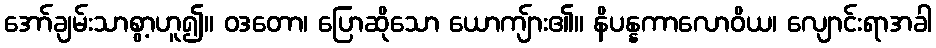
အော်ချမ်းသာစွာ့ဟူ၍။ ဝဒတော၊ ပြောဆိုသော ယောကျ်ား၏။ နိပန္နကာလောဝိယ၊ လျောင်းရာအခါ